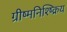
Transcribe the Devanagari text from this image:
ग्रीष्मनिश्ष्क्रिय